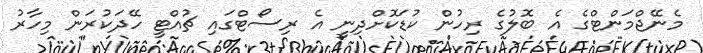
މެނޭޖްމަންޓްގެ އެ ބޮލުގެ ރިހުން ކުޑަކޮށްދިނީ އެ ރިސޯޓްގައި ޗުއްޓީ ހޭދަކުރަން މިހާރު